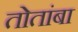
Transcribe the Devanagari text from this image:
तोतांबा